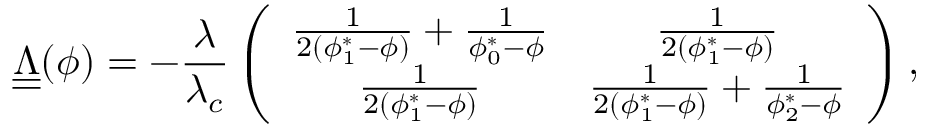
\underline { { \underline { { \Lambda } } } } ( \phi ) = - \frac { \lambda } { \lambda _ { c } } \left( \begin{array} { c c } { \frac { 1 } { 2 ( \phi _ { 1 } ^ { * } - \phi ) } + \frac { 1 } { \phi _ { 0 } ^ { * } - \phi } } & { \frac { 1 } { 2 ( \phi _ { 1 } ^ { * } - \phi ) } } \\ { \frac { 1 } { 2 ( \phi _ { 1 } ^ { * } - \phi ) } } & { \frac { 1 } { 2 ( \phi _ { 1 } ^ { * } - \phi ) } + \frac { 1 } { \phi _ { 2 } ^ { * } - \phi } } \end{array} \right) ,